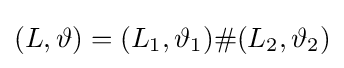
(L,\vartheta )=(L_{1},\vartheta _{1})\#(L_{2},\vartheta _{2})